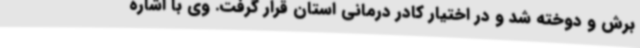
برش و دوخته شد و در اختیار کادر درمانی استان قرار گرفت. وی با اشاره